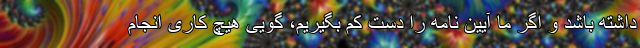
داشته باشد و اگر ما آیین نامه را دست کم بگیریم، گویی هیچ کاری انجام